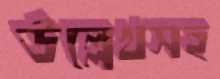
উল্লেখসহ